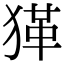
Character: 𤠇